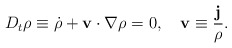
\begin{align*}D_t \rho \equiv \dot{\rho} + {\bf v}\cdot \nabla \rho = 0, ~~~{\bf v} \equiv \frac{\bf j}{\rho}.\end{align*}